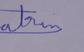
Signature authenticity: genuine